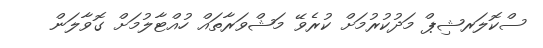
ސްކޮލަރޝިޕް މަދުކުރުމަށް ކުރެވޭ މަޝްވަރާތައް ހުއްޓާލުމަށް ގޮވާލަން